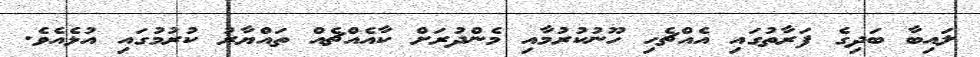
ލައިބާ ބަދިގެ ފަރާތުގައި އެއްޗެހި ހޫނުކުރުމާއި މެންދުރަށް ކާއެއްޗެއް ތައްޔާރު ކުރުމުގައި އުޅެއެވެ.